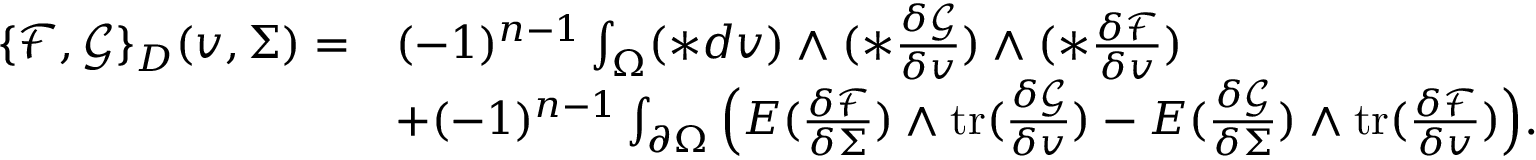
\begin{array} { r l } { \{ \mathcal { F } , \mathcal { G } \} _ { D } ( v , \Sigma ) = } & { ( - 1 ) ^ { n - 1 } \int _ { \Omega } ( \ast d v ) \wedge ( \ast \frac { \delta \mathcal { G } } { \delta v } ) \wedge ( \ast \frac { \delta \mathcal { F } } { \delta v } ) } \\ & { + ( - 1 ) ^ { n - 1 } \int _ { \partial \Omega } \Big ( E ( \frac { \delta \mathcal { F } } { \delta \Sigma } ) \wedge \mathrm { t r } ( \frac { \delta \mathcal { G } } { \delta v } ) - E ( \frac { \delta \mathcal { G } } { \delta \Sigma } ) \wedge \mathrm { t r } ( \frac { \delta \mathcal { F } } { \delta v } ) \Big ) . } \end{array}